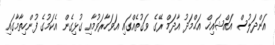
އަންދަލުސް އައްޝައިޚް އަޙްމަދު އާދަމް ރޭގެ ވަގުތެއްގައި އަވަހާރަވުމާއި ގުޅިގެން އެކަމުގެ ފުންހިތާމާގައި